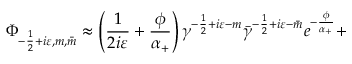
\Phi _ { - \frac 1 2 + i \varepsilon , m , \bar { m } } \approx \left( \frac 1 { 2 i \varepsilon } + \frac \phi { \alpha _ { + } } \right) \gamma ^ { - \frac 1 2 + i \varepsilon - m } \bar { \gamma } ^ { - \frac 1 2 + i \varepsilon - \bar { m } } e ^ { - \frac \phi { \alpha _ { + } } } +